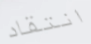
انتقاد